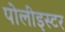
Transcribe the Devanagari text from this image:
पोलीइस्टर